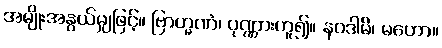
အမျိုးအနွယ်မျှဖြင့်။ ဗြာဟ္မဏံ၊ ပုဏ္ဏားဟူ၍။ နဝဒါမိ၊ မဟော။